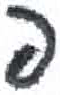
אות: פ